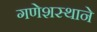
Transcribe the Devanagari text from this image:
गणेशस्थाने